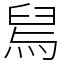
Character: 舃